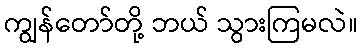
ကျွန်တော်တို့ ဘယ် သွားကြမလဲ။